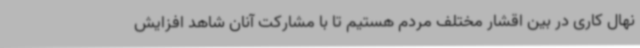
نهال کاری در بین اقشار مختلف مردم هستیم تا با مشارکت آنان شاهد افزایش